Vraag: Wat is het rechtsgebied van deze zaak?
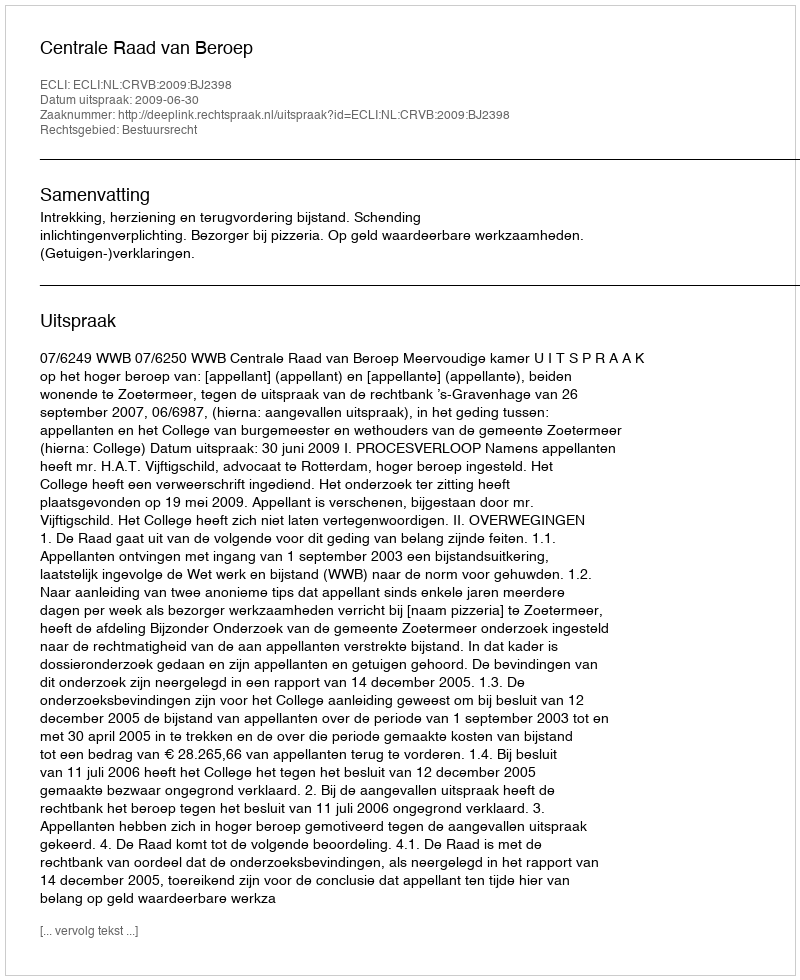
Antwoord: Bestuursrecht